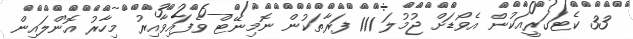
33 ކެޓަގަރީއަކުން އެވޯޑަށް ޖުމުލަ 111 ފަރާތަކުން ނޮމިނޭޓް ވެފައިވާއިރު މިހާރު އޮންލައިން